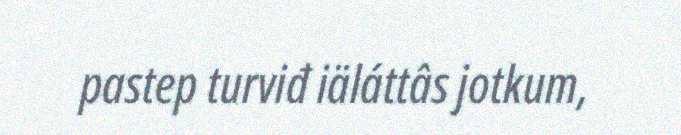
pastep turviđ iäláttâs jotkum,